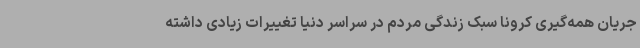
جریان همه‌گیری کرونا سبک زندگی مردم در سراسر دنیا تغییرات زیادی داشته